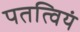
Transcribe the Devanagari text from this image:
पतत्वियं